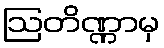
ဩတိဏ္ဏာမှ